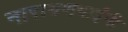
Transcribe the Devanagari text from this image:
नारायणभाईंनी